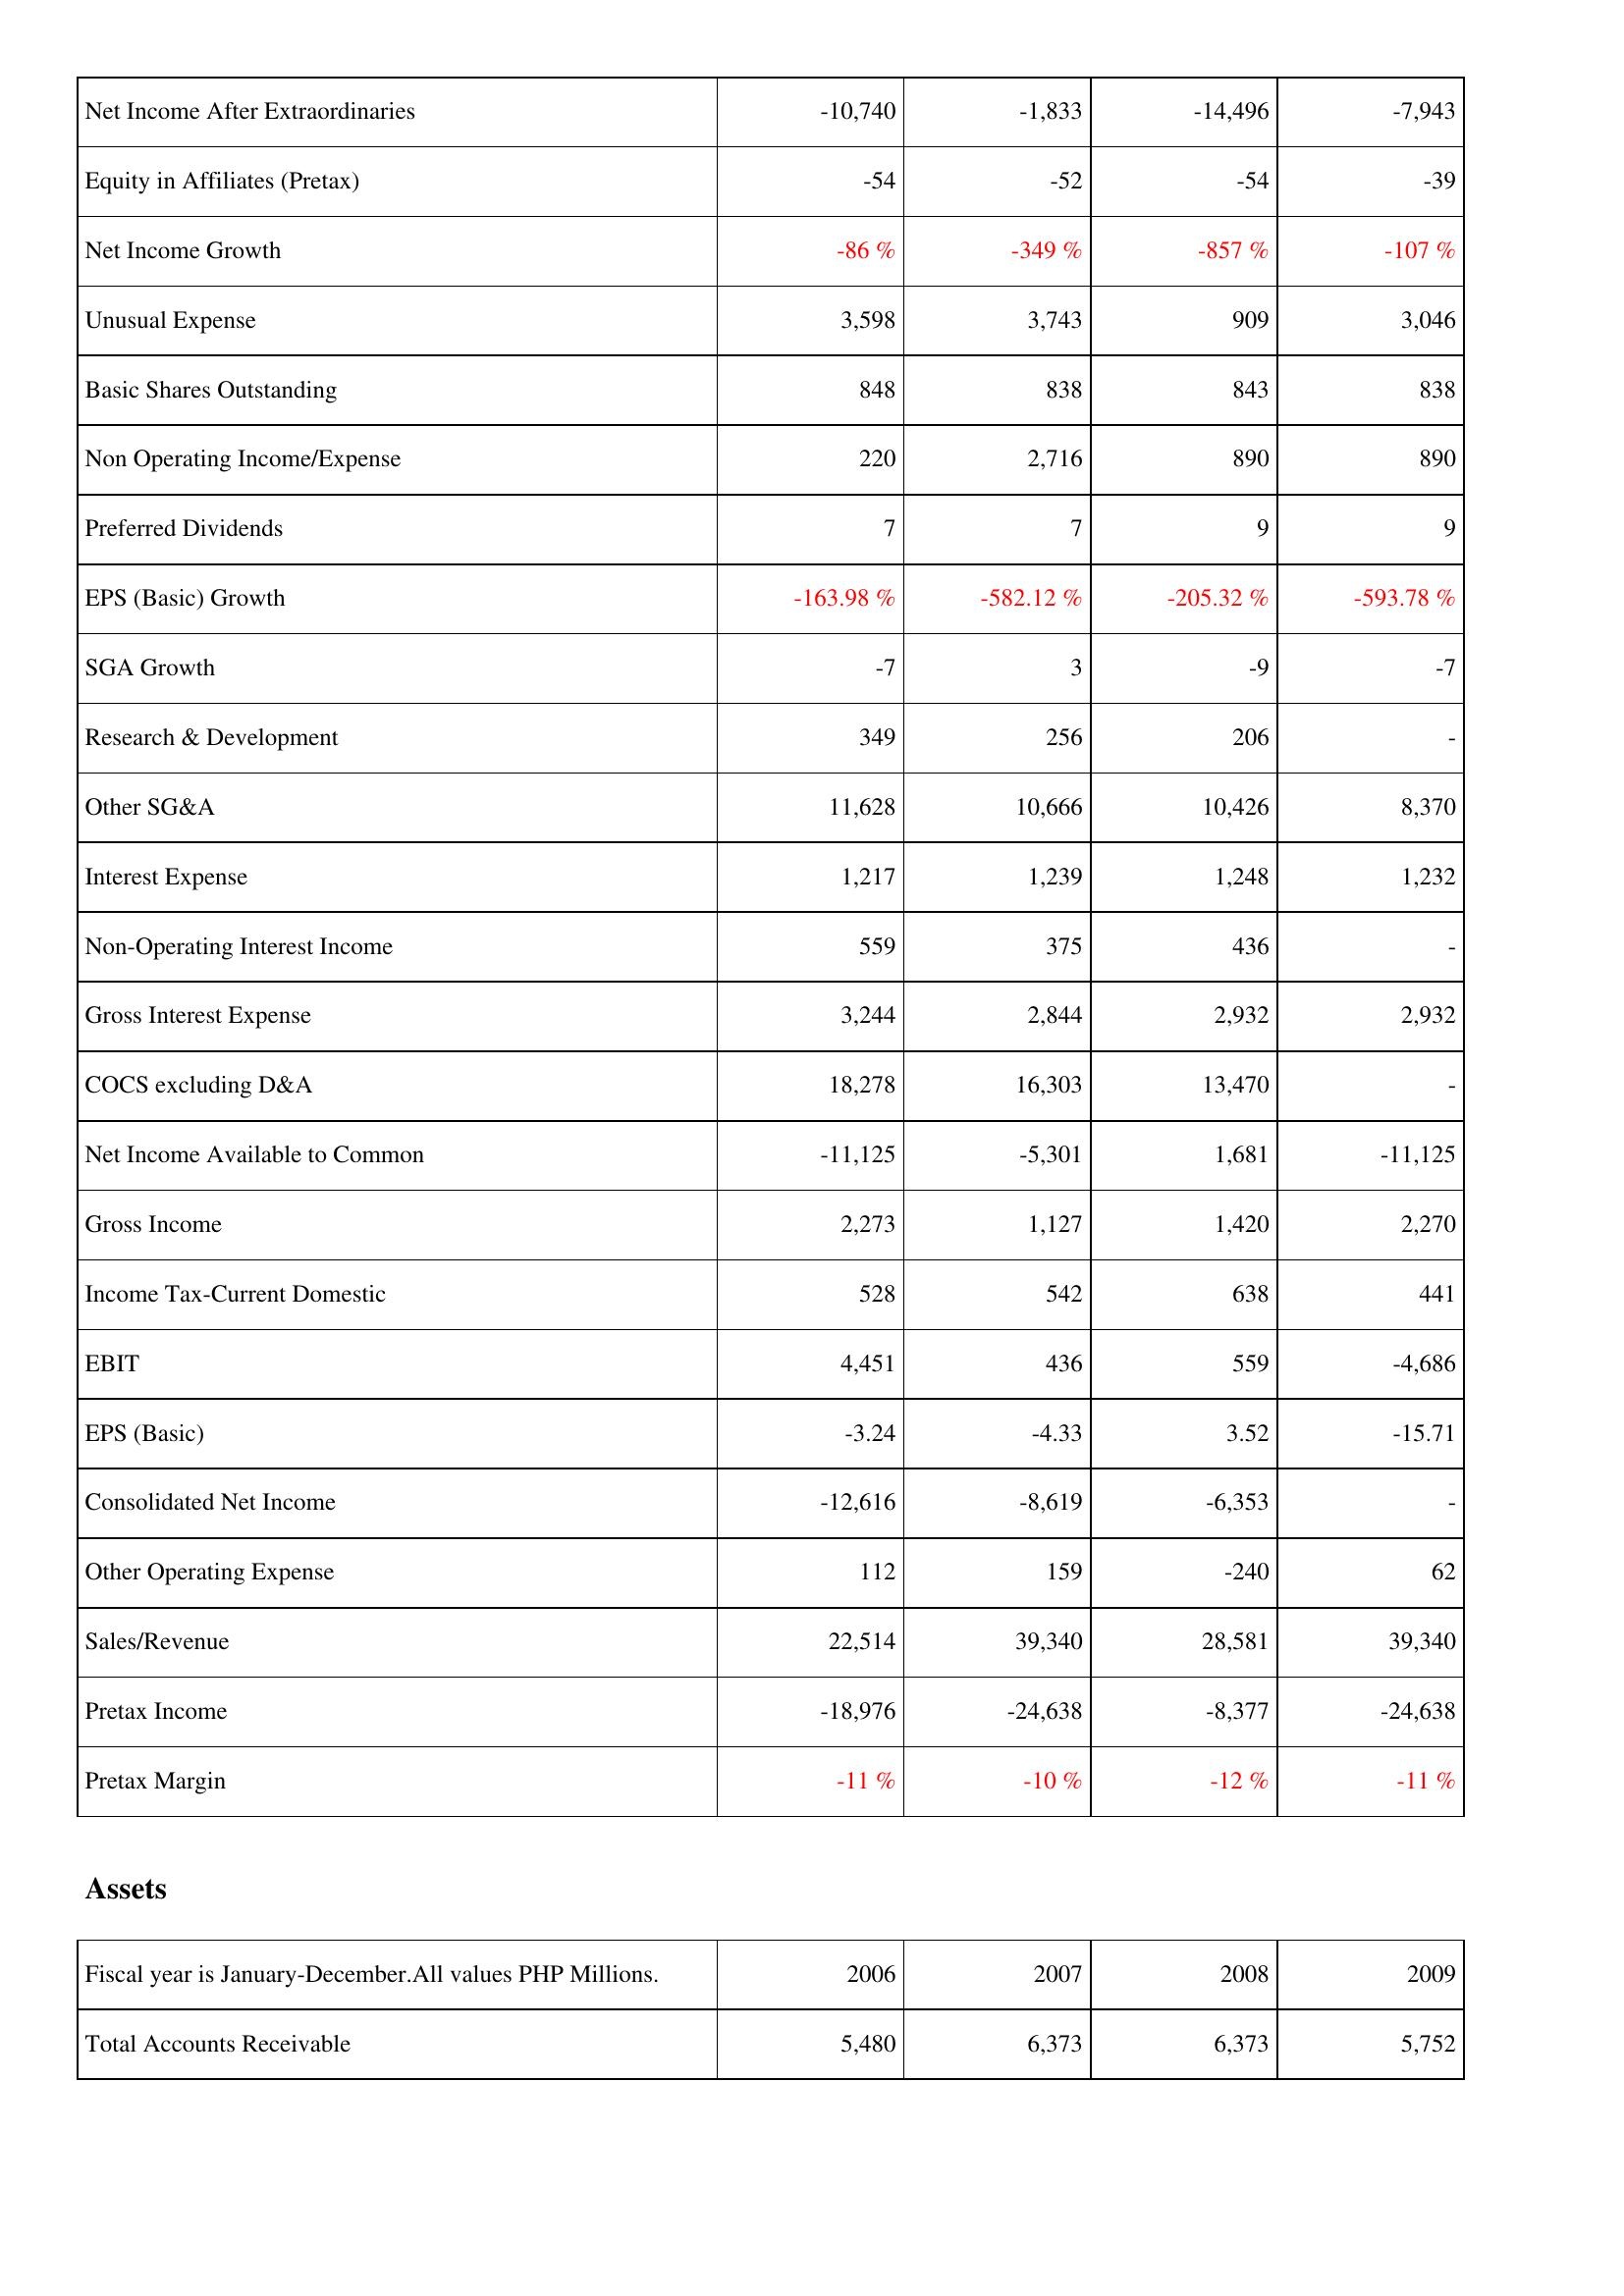
2006: Income Statement: Net Income After Extraordinaries: -10,740
Equity in Affiliates (Pretax): -54
Net Income Growth: -86 %
Unusual Expense: 3,598
Basic Shares Outstanding: 848
Non Operating Income/Expense: 220
Preferred Dividends: 7
EPS (Basic) Growth: -163.98 %
SGA Growth: -7
Research & Development: 349
Other SG&A: 11,628
Interest Expense: 1,217
Non-Operating Interest Income: 559
Gross Interest Expense: 3,244
COCS excluding D&A: 18,278
Net Income Available to Common: -11,125
Gross Income: 2,273
Income Tax-Current Domestic: 528
EBIT: 4,451
EPS (Basic): -3.24
Consolidated Net Income: -12,616
Other Operating Expense: 112
Sales/Revenue: 22,514
Pretax Income: -18,976
Pretax Margin: -11 %
Assets: Total Accounts Receivable: 5,480
2007: Income Statement: Net Income After Extraordinaries: -1,833
Equity in Affiliates (Pretax): -52
Net Income Growth: -349 %
Unusual Expense: 3,743
Basic Shares Outstanding: 838
Non Operating Income/Expense: 2,716
Preferred Dividends: 7
EPS (Basic) Growth: -582.12 %
SGA Growth: 3
Research & Development: 256
Other SG&A: 10,666
Interest Expense: 1,239
Non-Operating Interest Income: 375
Gross Interest Expense: 2,844
COCS excluding D&A: 16,303
Net Income Available to Common: -5,301
Gross Income: 1,127
Income Tax-Current Domestic: 542
EBIT: 436
EPS (Basic): -4.33
Consolidated Net Income: -8,619
Other Operating Expense: 159
Sales/Revenue: 39,340
Pretax Income: -24,638
Pretax Margin: -10 %
Assets: Total Accounts Receivable: 6,373
2008: Income Statement: Net Income After Extraordinaries: -14,496
Equity in Affiliates (Pretax): -54
Net Income Growth: -857 %
Unusual Expense: 909
Basic Shares Outstanding: 843
Non Operating Income/Expense: 890
Preferred Dividends: 9
EPS (Basic) Growth: -205.32 %
SGA Growth: -9
Research & Development: 206
Other SG&A: 10,426
Interest Expense: 1,248
Non-Operating Interest Income: 436
Gross Interest Expense: 2,932
COCS excluding D&A: 13,470
Net Income Available to Common: 1,681
Gross Income: 1,420
Income Tax-Current Domestic: 638
EBIT: 559
EPS (Basic): 3.52
Consolidated Net Income: -6,353
Other Operating Expense: -240
Sales/Revenue: 28,581
Pretax Income: -8,377
Pretax Margin: -12 %
Assets: Total Accounts Receivable: 6,373
2009: Income Statement: Net Income After Extraordinaries: -7,943
Equity in Affiliates (Pretax): -39
Net Income Growth: -107 %
Unusual Expense: 3,046
Basic Shares Outstanding: 838
Non Operating Income/Expense: 890
Preferred Dividends: 9
EPS (Basic) Growth: -593.78 %
SGA Growth: -7
Research & Development: -
Other SG&A: 8,370
Interest Expense: 1,232
Non-Operating Interest Income: -
Gross Interest Expense: 2,932
COCS excluding D&A: -
Net Income Available to Common: -11,125
Gross Income: 2,270
Income Tax-Current Domestic: 441
EBIT: -4,686
EPS (Basic): -15.71
Consolidated Net Income: -
Other Operating Expense: 62
Sales/Revenue: 39,340
Pretax Income: -24,638
Pretax Margin: -11 %
Assets: Total Accounts Receivable: 5,752